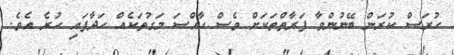
ހުރަސް ކުރަން ބޭނުންވާ ފަރާތްތަކަށް ވެސް ހާއްސަ މަގުތަކެއް ހަދާފައި ހުރެ އެވެ.